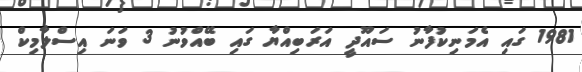
1981 ގައި އެމަނިކުފާނު ސައޫދީ އަރަބިއްޔާ ގައި ބޭއްވުނު 3 ވަނަ އިސްލާމިކް